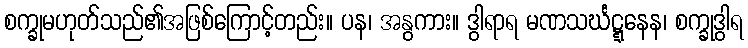
စက္ခုမဟုတ်သည်၏အဖြစ်ကြောင့်တည်း။ ပန၊ အနွကား။ ဒွါရာရ မဏသင်္ဃဋ္ဋနေန၊ စက္ခုဒွါရ